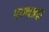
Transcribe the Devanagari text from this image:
पञ्चब्रह्म